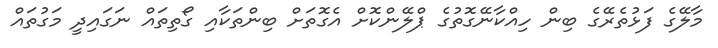
މާލޭގެ ފަޅުތެރޭގެ ބިން ހިއްކާނޭގޮތުގެ ޕްލޭންކޮށް އެގޮތަށް ބިންތަކާއި ގޯތިތައް ނަގައިދީ މަގުތައް